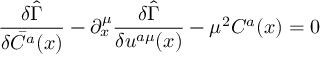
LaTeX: \frac { \delta \hat { \Gamma } } { \delta \bar { C } ^ { a } ( x ) } - \partial _ { x } ^ { \mu } \frac { \delta \hat { \Gamma } } { \delta u ^ { a \mu } ( x ) } - { \mu } ^ { 2 } C ^ { a } ( x ) = 0